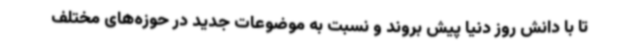
تا با دانش روز دنیا پیش بروند و نسبت به موضوعات جدید در حوزه‌های مختلف